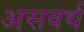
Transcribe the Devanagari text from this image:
असवर्थ